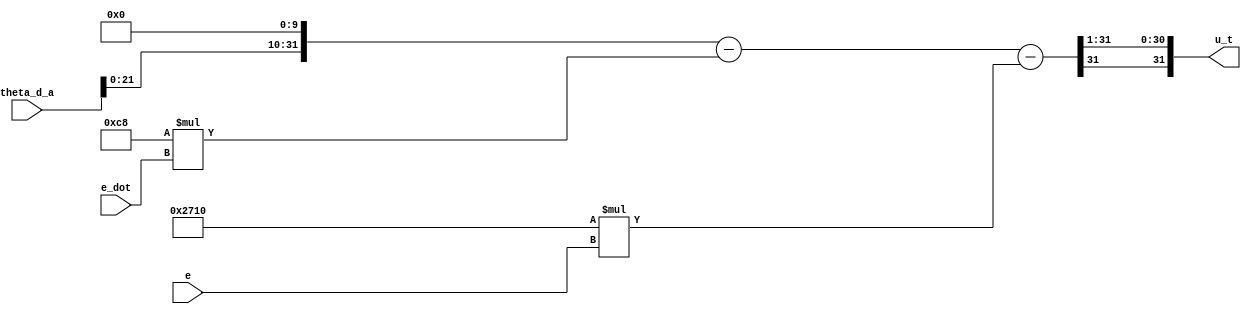
module nominal_model_controller(
	input signed [31:0]e, //sfix32_En10
	input signed [31:0]e_dot, //sfix32_En10
	input signed [31:0]theta_d_a, //int
	output signed[31:0]u_t //sfix32_En10
);

	//Nominal module Controller variable
	reg signed [31:0] e1;
	reg signed [31:0] e_dot1;
	reg signed [31:0] u1;
	reg signed [31:0] u2;
	parameter [19:0]h1 = 20'd10000;
	parameter [14:0]h2 = 15'd200;

	//Nominal module controller
	/*
	 * y = 0.5*(-h1*e-h2*e_dot+desired_theta_dot2)
	*/
	always@(*) begin
		e1 = h1 * e;
		e_dot1 = h2 * e_dot;
		u1 = (theta_d_a <<< 10)- e_dot1;
		u2 = u1 - e1;
	end
	assign u_t = u2>>>1;
endmodule